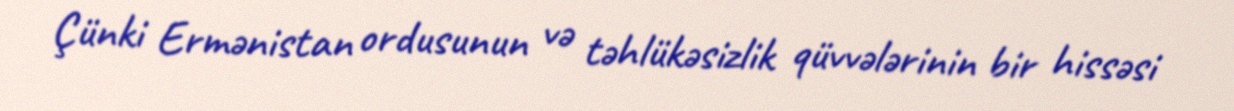
Çünki Ermənistan ordusunun və təhlükəsizlik qüvvələrinin bir hissəsi